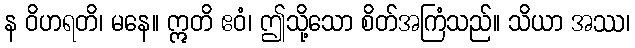
န ဝိဟရတိ၊ မနေ။ ဣတိ ဧဝံ၊ ဤသို့သော စိတ်အကြံသည်။ သိယာ အဿ၊